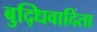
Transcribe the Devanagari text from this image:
बुद्धिवादिता